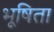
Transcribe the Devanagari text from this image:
भूषिता